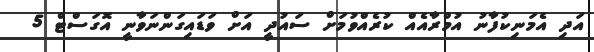
އަދި އެމަނިކުފާނު އުމްރާއެއް ކުރެއްވުމަށް ސައުދީ އަށް ވަޑައިގަންނަވާނީ އޮގަސްޓް 5